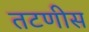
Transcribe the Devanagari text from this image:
तटणीस